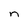
Character: n